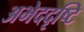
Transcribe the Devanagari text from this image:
अभेददृष्टि